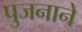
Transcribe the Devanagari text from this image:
पुजनाने